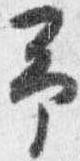
予